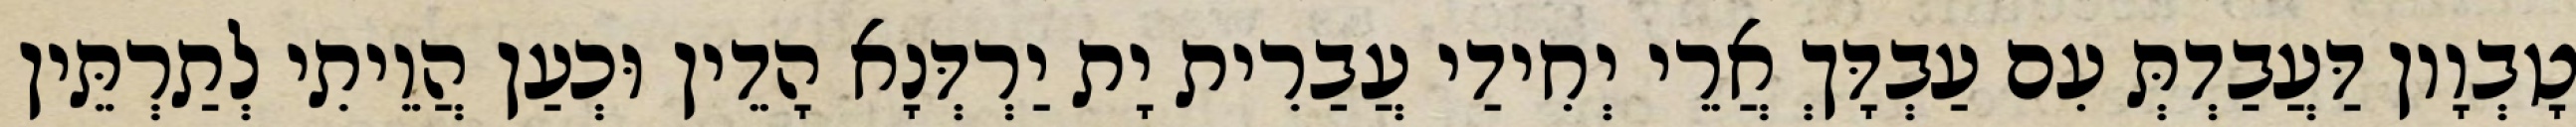
טָבְוָון דַּעֲבַדְתְּ עִם עַבְדָּךְ אֲרֵי יְחִידַי עֲבַרִית יָת יַרְדְּנָא הָדֵין וּכְעַן הֲוֵיתִי לְתַרְתֵּין